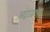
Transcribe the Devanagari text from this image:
अंदाजाच्या